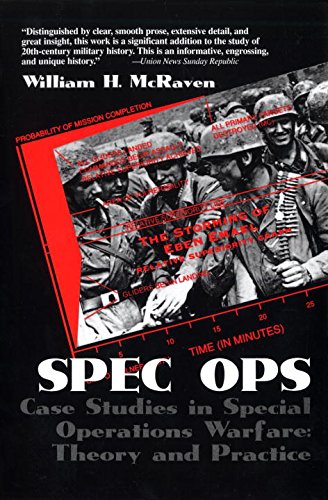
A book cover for Spec Ops: Case Studies in Special Operations Warfare: Theory and Practice; William H. Mcraven; History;